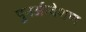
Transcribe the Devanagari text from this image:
पुनर्अन्वेशण